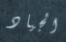
الجياد